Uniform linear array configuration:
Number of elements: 16
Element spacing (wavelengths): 0.5
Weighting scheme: uniform
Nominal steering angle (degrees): -30
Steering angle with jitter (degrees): -30.615
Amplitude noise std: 0.05
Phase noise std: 0.05

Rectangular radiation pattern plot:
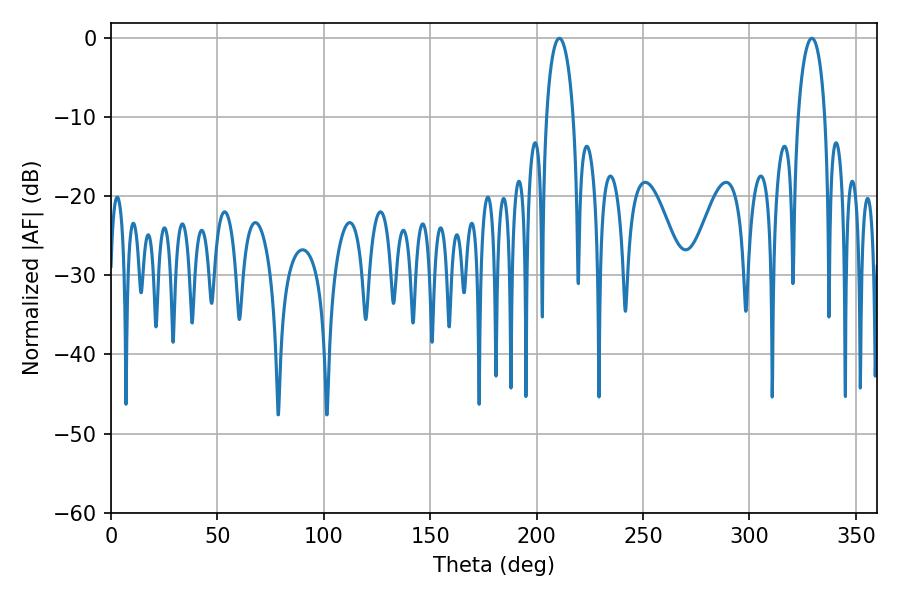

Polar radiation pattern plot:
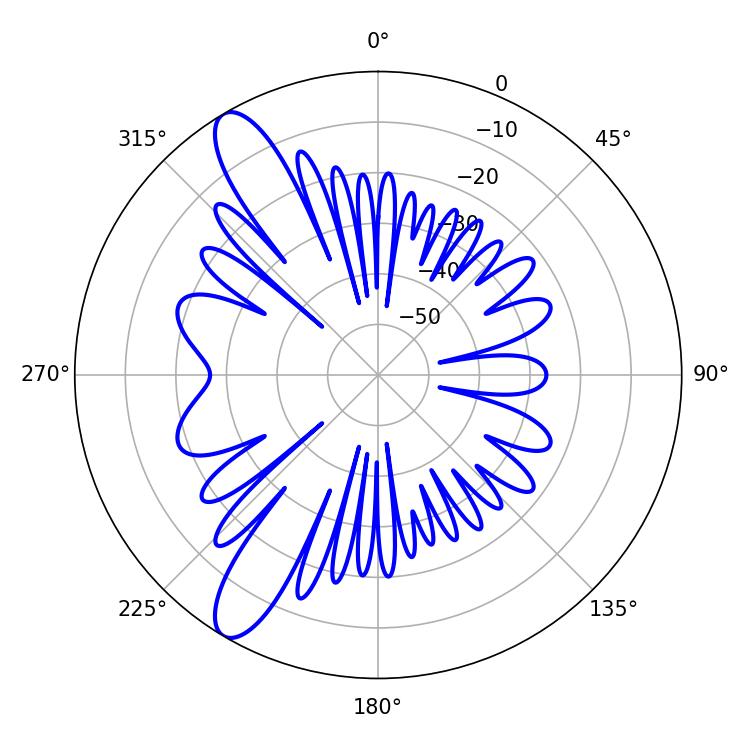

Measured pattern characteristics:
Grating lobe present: FALSE
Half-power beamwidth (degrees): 7.2
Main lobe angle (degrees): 210.6